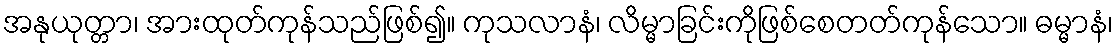
အနုယုတ္တာ၊ အားထုတ်ကုန်သည်ဖြစ်၍။ ကုသလာနံ၊ လိမ္မာခြင်းကိုဖြစ်စေတတ်ကုန်သော။ ဓမ္မာနံ၊